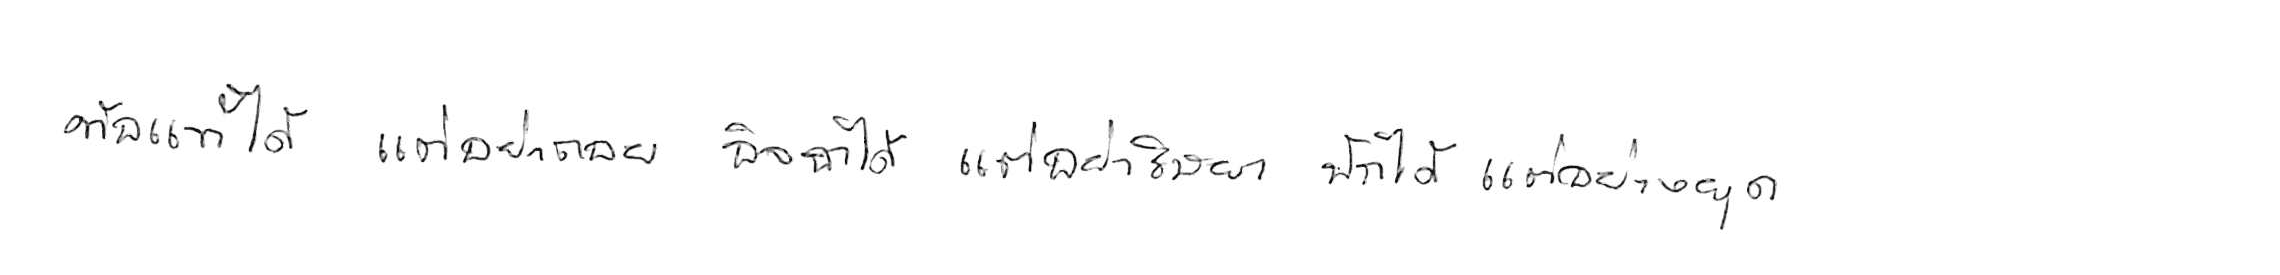
ท้อแท้ได้ แต่อย่าท้อถอย อิจฉาได้ แต่อย่าริษยา พักได้ แต่อย่าหยุด